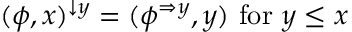
( \phi , x ) ^ { \downarrow y } = ( \phi ^ { \Rightarrow y } , y ) { \mathrm { ~ f o r ~ } } y \leq x